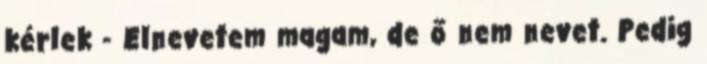
kérlek - Elnevetem magam, de ő nem nevet. Pedig